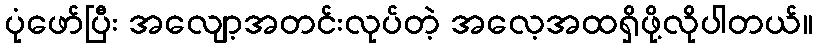
ပုံဖော်ပြီး အလျော့အတင်းလုပ်တဲ့ အလေ့အထရှိဖို့လိုပါတယ်။